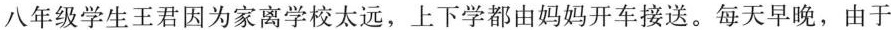
八年级学生王君因为家离学校太远，上下学都由妈妈开车接送。每天早晚，由于